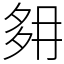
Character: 𡖔